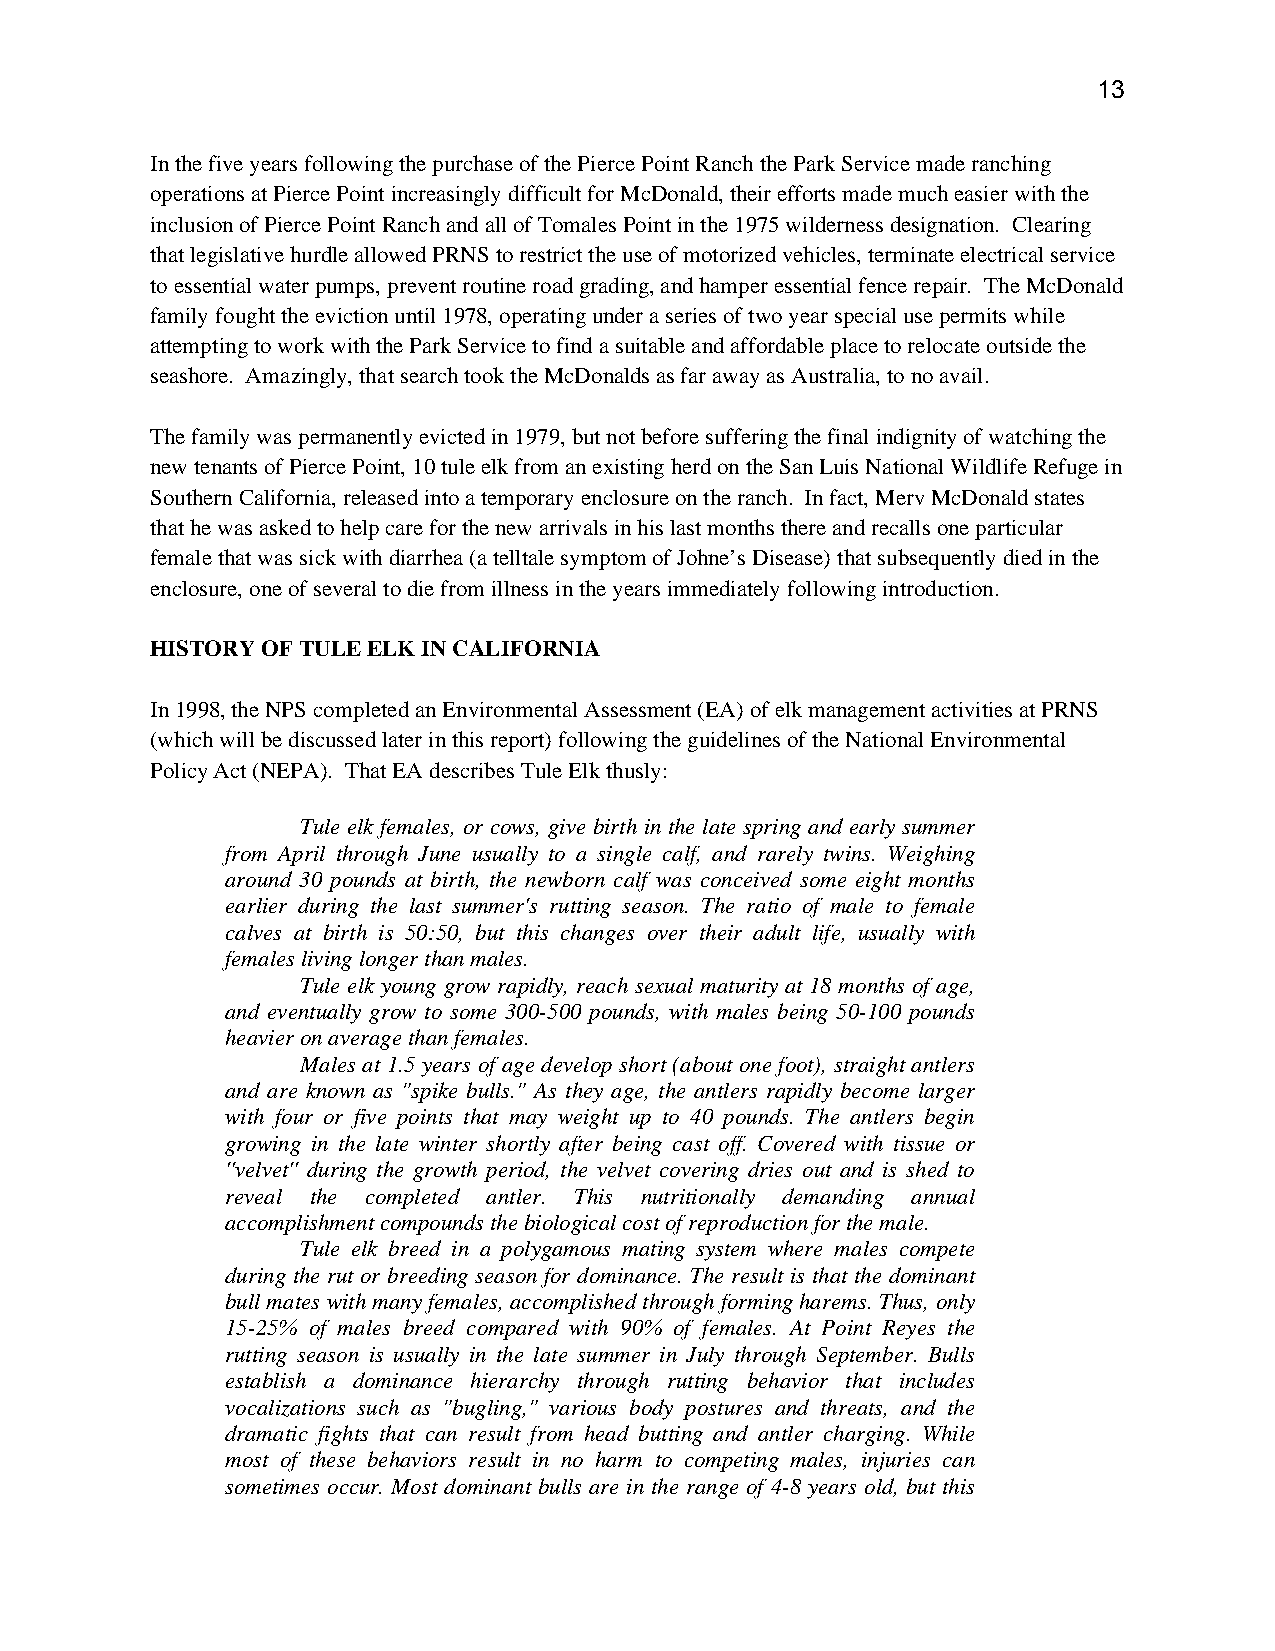
13
 In the five years following the purchase of the Pierce Point Ranch the Park Service made ranching
 operations at Pierce Point increasingly difficult for McDonald, their efforts made much easier with the
 inclusion of Pierce Point Ranch and all of Tomales Point in the 1975 wilderness designation. Clearing
 that legislative hurdle allowed PRNS to restrict the use of motorized vehicles, terminate electrical service
 to essential water pumps, prevent routine road grading, and hamper essential fence repair. The McDonald
 family fought the eviction until 1978, operating under a series of two year special use permits while
 attempting to work with the Park Service to find a suitable and affordable place to relocate outside the
 seashore. Amazingly, that search took the McDonalds as far away as Australia, to no avail.
 The family was permanently evicted in 1979, but not before suffering the final indignity of watching the
 new tenants of Pierce Point, 10 tule elk from an existing herd on the San Luis National Wildlife Refuge in
 Southern California, released into a temporary enclosure on the ranch. In fact, Merv McDonald states
 that he was asked to help care for the new arrivals in his last months there and recalls one particular
 female that was sick with diarrhea (a telltale symptom of Johne’s Disease) that subsequently died in the
 enclosure, one of several to die from illness in the years immediately following introduction.
 HISTORY OF TULE ELK IN CALIFORNIA
 In 1998, the NPS completed an Environmental Assessment (EA) of elk management activities at PRNS
 (which will be discussed later in this report) following the guidelines of the National Environmental
 Policy Act (NEPA). That EA describes Tule Elk thusly:
 Tule elk females, or cows, give birth in the late spring and early summer
 from April through June usually to a single calf, and rarely twins. Weighing
 around 30 pounds at birth, the newborn calf was conceived some eight months
 earlier during the last summer's rutting season. The ratio of male to female
 calves at birth is 50:50, but this changes over their adult life, usually with
 females living longer than males.
 Tule elk young grow rapidly, reach sexual maturity at 18 months of age,
 and eventually grow to some 300-500 pounds, with males being 50-100 pounds
 heavier on average than females.
 Males at 1.5 years of age develop short (about one foot), straight antlers
 and are known as "spike bulls." As they age, the antlers rapidly become larger
 with four or five points that may weight up to 40 pounds. The antlers begin
 growing in the late winter shortly after being cast off. Covered with tissue or
 ''velvet'' during the growth period, the velvet covering dries out and is shed to
 reveal the completed antler. This nutritionally demanding annual
 accomplishment compounds the biological cost of reproduction for the male.
 Tule elk breed in a polygamous mating system where males compete
 during the rut or breeding season for dominance. The result is that the dominant
 bull mates with many females, accomplished through forming harems. Thus, only
 15-25% of males breed compared with 90% of females. At Point Reyes the
 rutting season is usually in the late summer in July through September. Bulls
 establish a dominance hierarchy through rutting behavior that includes
 vocalizations such as "bugling," various body postures and threats, and the
 dramatic fights that can result from head butting and antler charging. While
 most of these behaviors result in no harm to competing males, injuries can
 sometimes occur. Most dominant bulls are in the range of 4-8 years old, but this